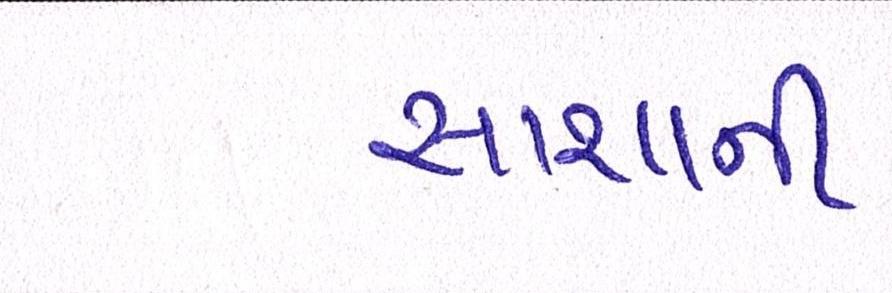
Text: સાશાની